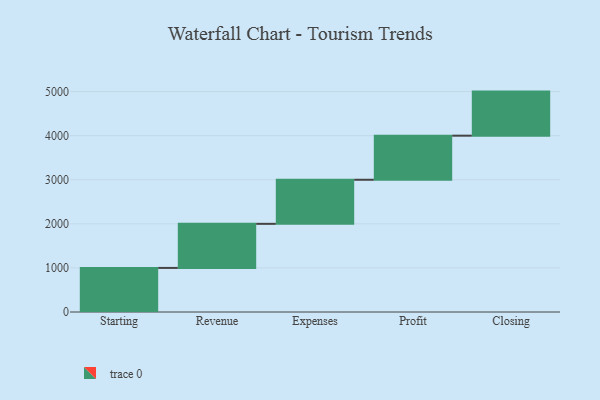
{"axis": {"x": "Step", "y": "Value"}, "legend": [""], "data": [{"x": "Starting", "y": 1000, "type": ""}, {"x": "Revenue", "y": 1000, "type": ""}, {"x": "Expenses", "y": 1000, "type": ""}, {"x": "Profit", "y": 1000, "type": ""}, {"x": "Closing", "y": 1000, "type": ""}]}